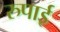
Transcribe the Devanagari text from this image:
रुपाई